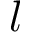
l